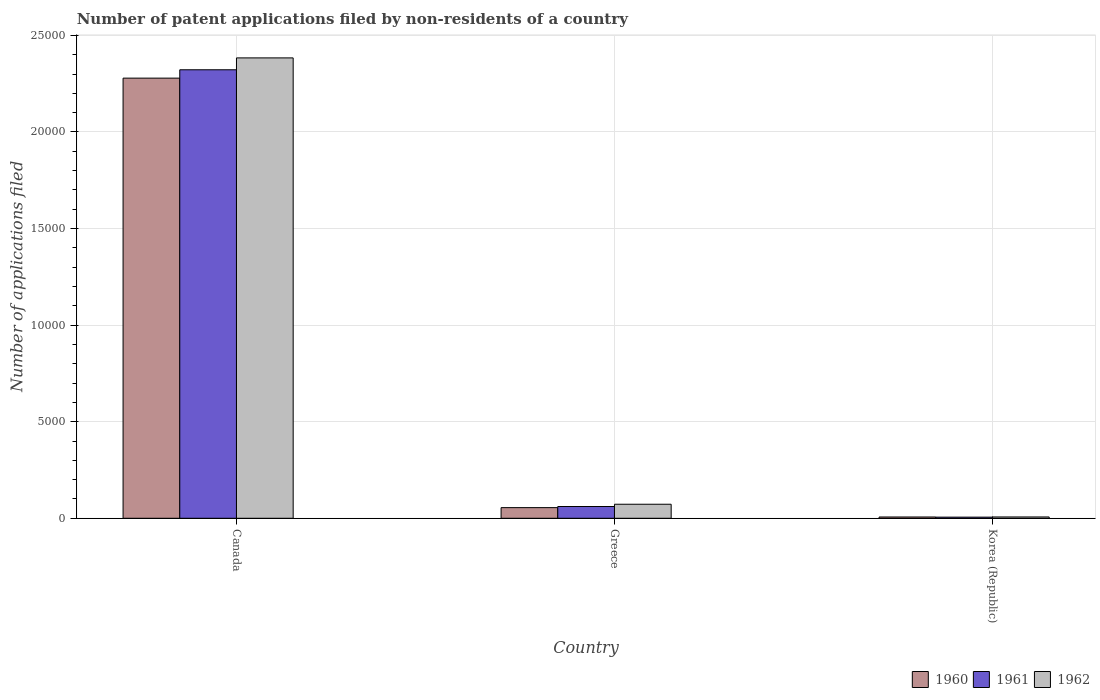
| Country | 1960 | 1961 | 1962 |
 | --- | --- | --- | --- |
 | Canada | 2.28e+04 | 2.32e+04 | 2.38e+04 |
 | Greece | 551 | 609 | 726 |
 | Korea (Republic) | 66 | 58 | 68 |